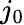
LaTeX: j_{0}